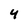
Character: 4